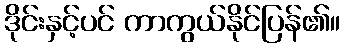
ဒိုင်းနှင့်ပင် ကာကွယ်နိုင်ပြန်၏။